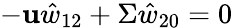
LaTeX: -\mathbf{u}\hat{{w}}_{12}+\Sigma\hat{{w}}_{20}=0